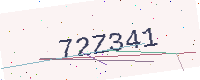
Text: 72Z341